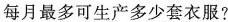
每月最多可生产多少套衣服?